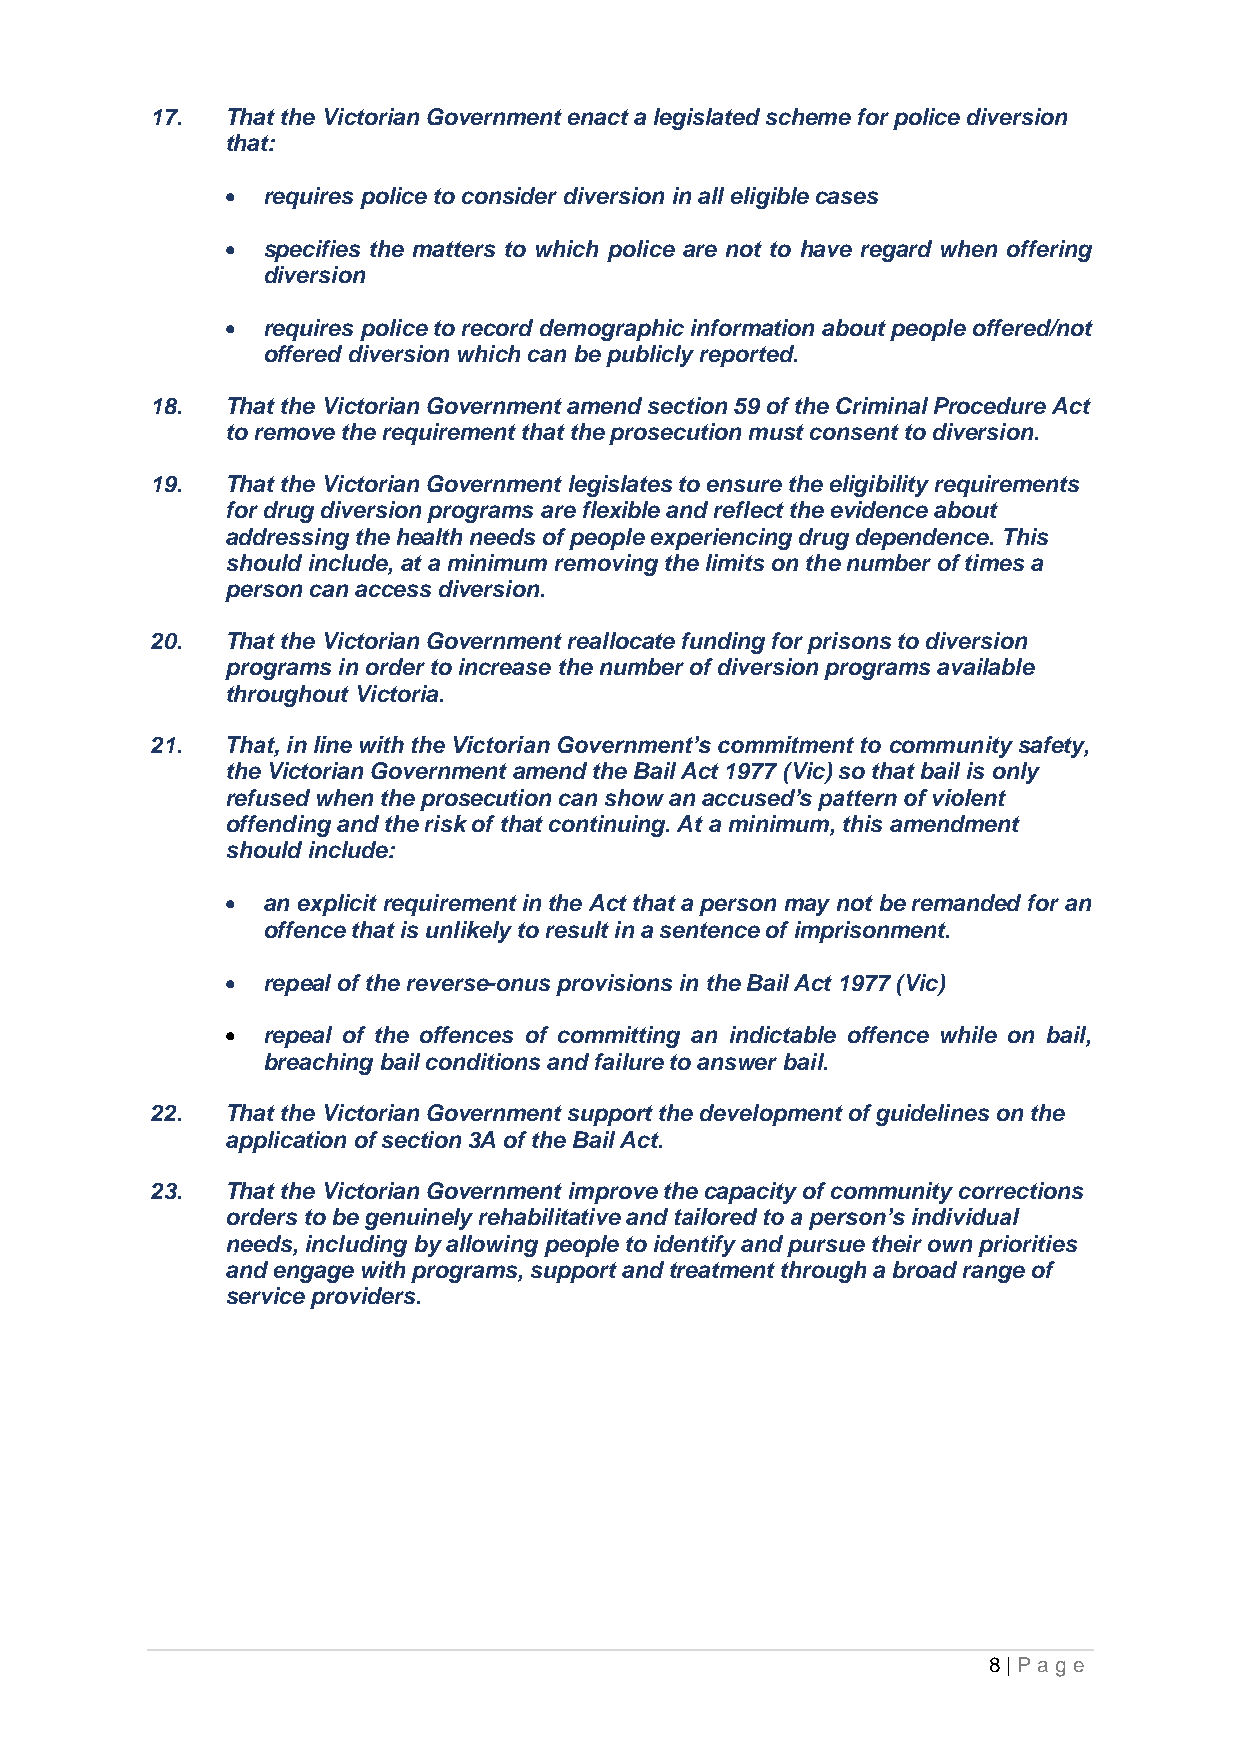
17.  That the Victorian Government enact a legislated scheme for police diversion
 that:
 • requires police to consider diversion in all eligible cases
 • specifies the matters to which police are not to have regard when offering
 diversion
 • requires police to record demographic information about people offered/not
 offered diversion which can be publicly reported.
 18.  That the Victorian Government amend section 59 of the Criminal Procedure Act
 to remove the requirement that the prosecution must consent to diversion.
 19.  That the Victorian Government legislates to ensure the eligibility requirements
 for drug diversion programs are flexible and reflect the evidence about
 addressing the health needs of people experiencing drug dependence. This
 should include, at a minimum removing the limits on the number of times a
 person can access diversion.
 20.  That the Victorian Government reallocate funding for prisons to diversion
 programs in order to increase the number of diversion programs available
 throughout Victoria.
 21.  That, in line with the Victorian Government’s commitment to community safety,
 the Victorian Government amend the Bail Act 1977 (Vic) so that bail is only
 refused when the prosecution can show an accused’s pattern of violent
 offending and the risk of that continuing. At a minimum, this amendment
 should include:
 • an explicit requirement in the Act that a person may not be remanded for an
 offence that is unlikely to result in a sentence of imprisonment.
 • repeal of the reverse-onus provisions in the Bail Act 1977 (Vic)
 • repeal of the offences of committing an indictable offence while on bail,
 breaching bail conditions and failure to answer bail.
 22.  That the Victorian Government support the development of guidelines on the
 application of section 3A of the Bail Act.
 23.  That the Victorian Government improve the capacity of community corrections
 orders to be genuinely rehabilitative and tailored to a person’s individual
 needs, including by allowing people to identify and pursue their own priorities
 and engage with programs, support and treatment through a broad range of
 service providers.
 8 | Pa ge